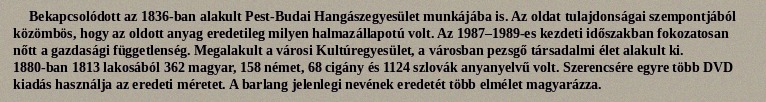
Bekapcsolódott az 1836-ban alakult Pest-Budai Hangászegyesület munkájába is. Az oldat tulajdonságai szempontjából közömbös, hogy az oldott anyag eredetileg milyen halmazállapotú volt. Az 1987–1989-es kezdeti időszakban fokozatosan nőtt a gazdasági függetlenség. Megalakult a városi Kultúregyesület, a városban pezsgő társadalmi élet alakult ki. 1880-ban 1813 lakosából 362 magyar, 158 német, 68 cigány és 1124 szlovák anyanyelvű volt. Szerencsére egyre több DVD kiadás használja az eredeti méretet. A barlang jelenlegi nevének eredetét több elmélet magyarázza.